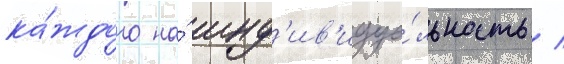
ка́ждого на́ инд'ив'идуа́льность /